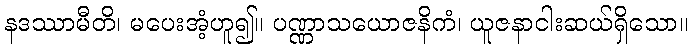
နဒဿာမီတိ၊ မပေးအံ့ဟူ၍။ ပဏ္ဏာသယောဇနိကံ၊ ယူဇနာငါးဆယ်ရှိသော။